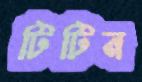
টিটিন